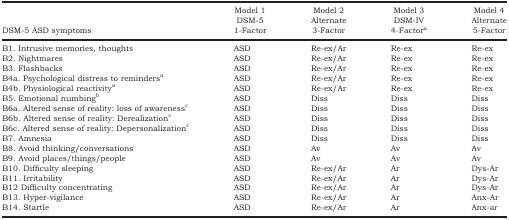
| DSM‐5 ASD symptoms | Model 1 DSM‐5 1‐Factor | Model 2 Alternate 3‐Factor | Model 3 DSM‐IV 4‐Factora | Model 4 Alternate 5‐Factor |
 | --- | --- | --- | --- | --- |
 | B1. Intrusive memories, thoughts | ASD | Re‐ex/Ar | Re‐ex | Re‐ex |
 | B2. Nightmares | ASD | Re‐ex/Ar | Re‐ex | Re‐ex |
 | B3. Flashbacks | ASD | Re‐ex/Ar | Re‐ex | Re‐ex |
 | B4a. Psychological distress to remindersa | ASD | Re‐ex/Ar | Re‐ex | Re‐ex |
 | B4b. Physiological reactivitya | ASD | Re‐ex/Ar | Re‐ex | Re‐ex |
 | B5. Emotional numbingb | ASD | Diss | Diss | Diss |
 | B6a. Altered sense of reality: loss of awarenessc | ASD | Diss | Diss | Diss |
 | B6b. Altered sense of reality: Derealizationc | ASD | Diss | Diss | Diss |
 | B6c. Altered sense of reality: Depersonalizationc | ASD | Diss | Diss | Diss |
 | B7. Amnesia | ASD | Diss | Diss | Diss |
 | B8. Avoid thinking/conversations | ASD | Av | Av | Av |
 | B9. Avoid places/things/people | ASD | Av | Av | Av |
 | B10. Difficulty sleeping | ASD | Re‐ex/Ar | Ar | Dys‐Ar |
 | B11. Irritability | ASD | Re‐ex/Ar | Ar | Dys‐Ar |
 | B12 Difficulty concentrating | ASD | Re‐ex/Ar | Ar | Dys‐Ar |
 | B13. Hyper‐vigilance | ASD | Re‐ex/Ar | Ar | Anx‐Ar |
 | B14. Startle | ASD | Re‐ex/Ar | Ar | Anx‐ar |